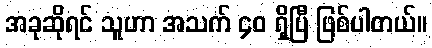
အခုဆိုရင် သူဟာ အသက် ၄၀ ရှိပြီ ဖြစ်ပါတယ်။